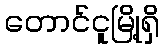
တောင်ငူမြို့ရှိ